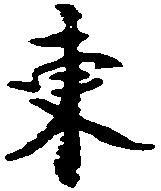
東